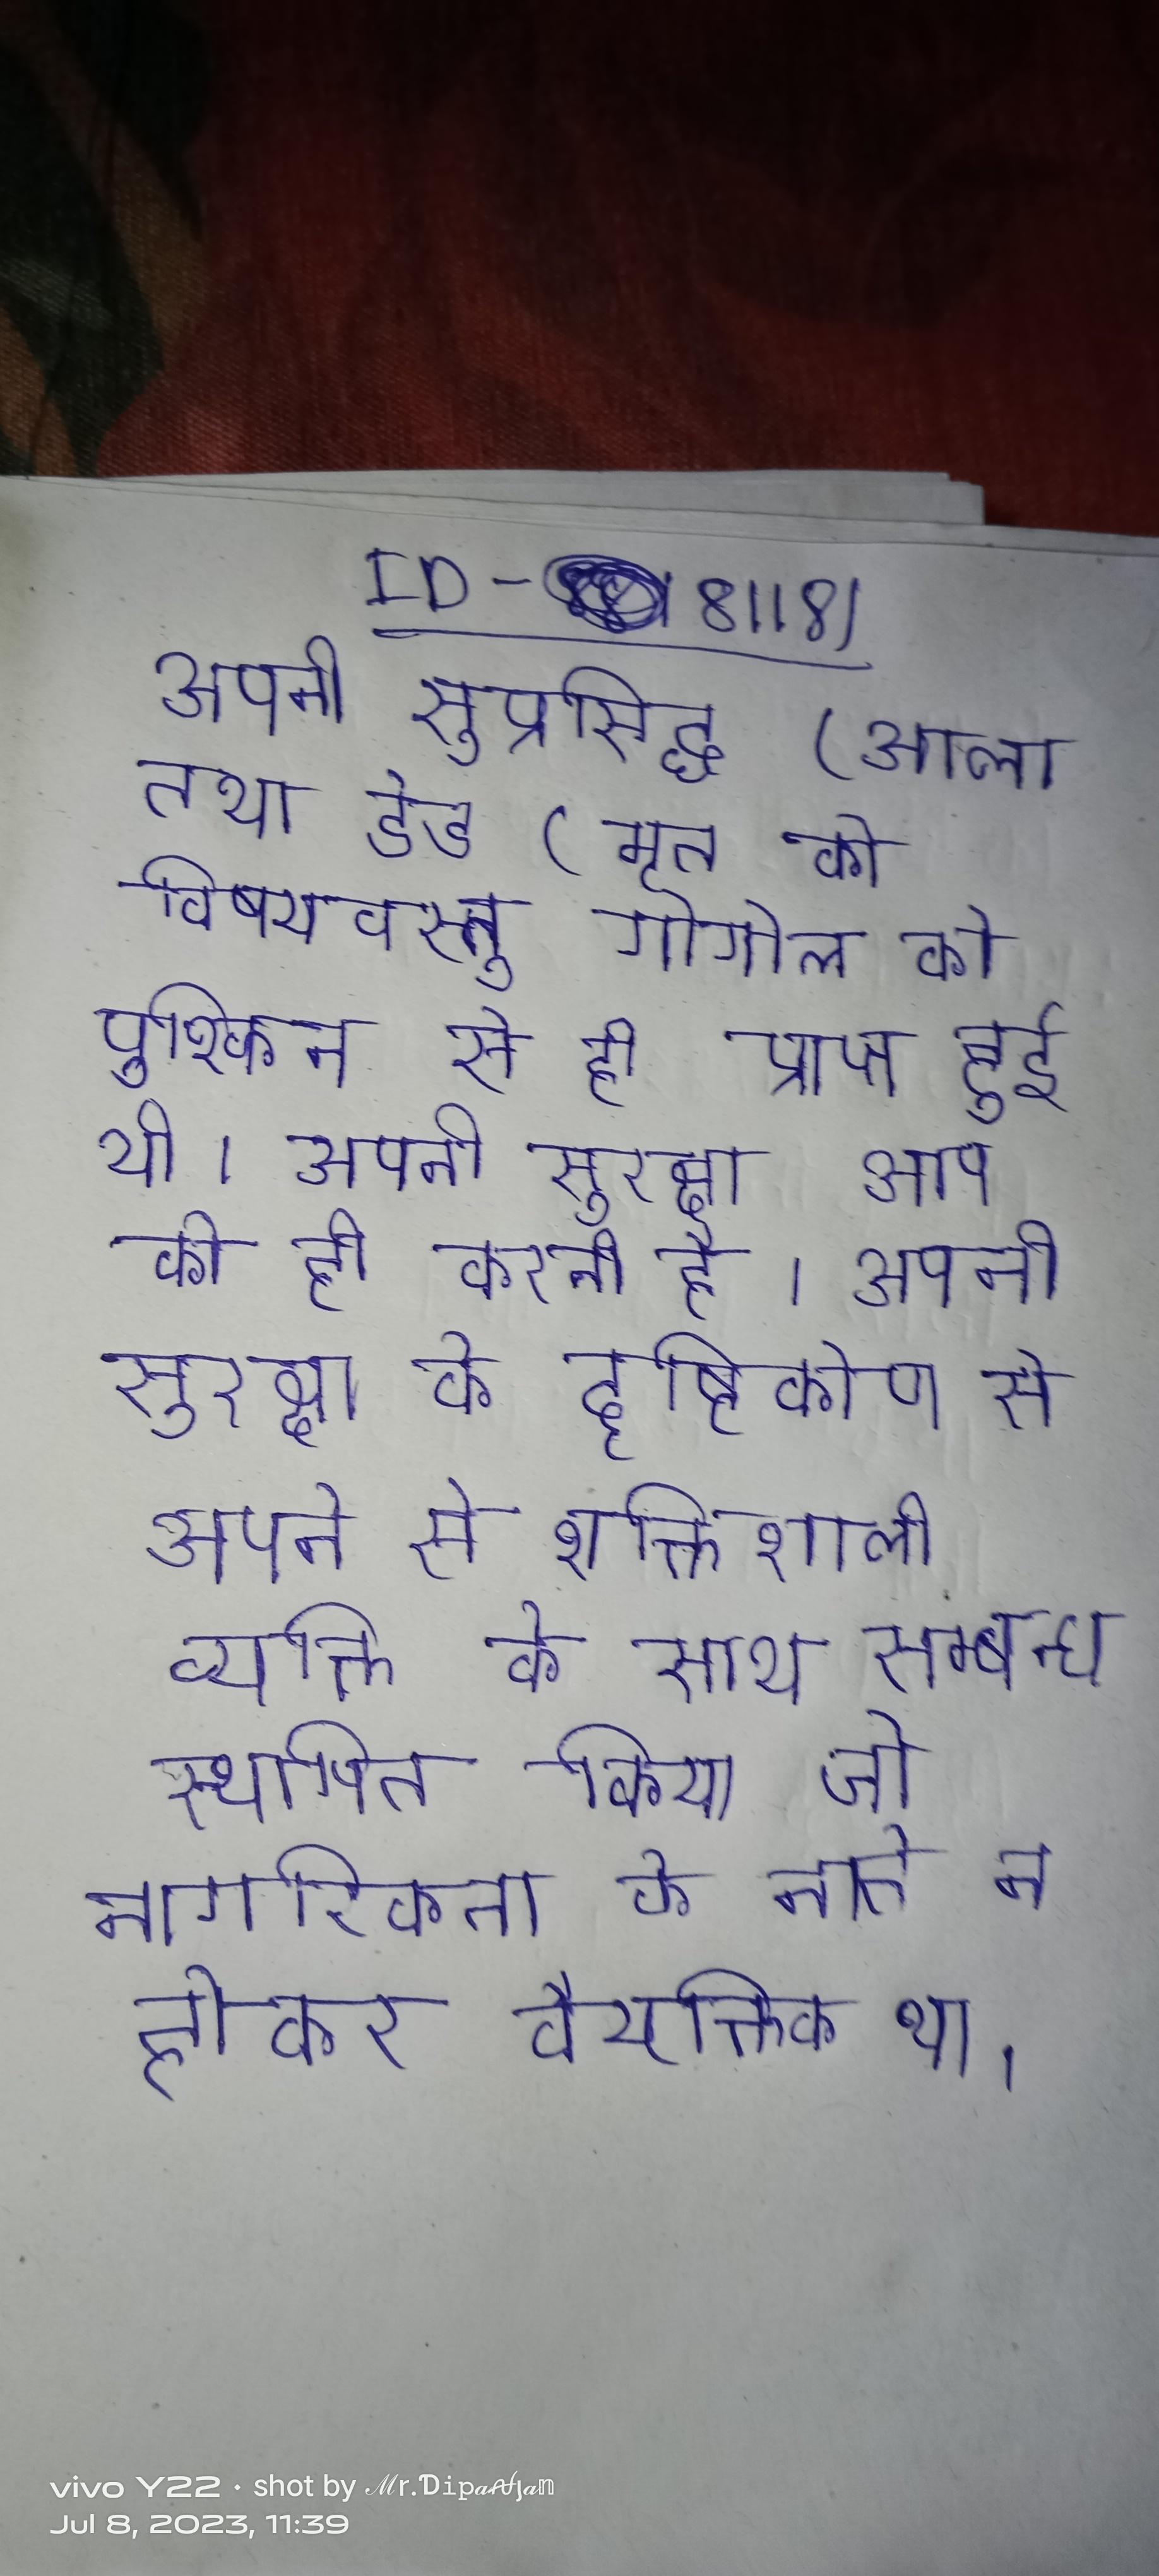
अपनी सुप्रसिद्ध (आला तथा डेड (मृत की विषयवस्तु गोगोल को पुश्किन से ही प्राप्त हुई थी । अपनी सुरक्षा आप को ही करनी है । अपनी सुरक्षा के दृष्टिकोण से अपने से शक्तिशाली व्यक्ति के साथ सम्बन्ध स्थापित किया जो नागरिकता के नाते न होकर वैयक्तिक था ।